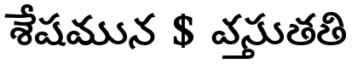
శేషమున $ వస్తుతతి